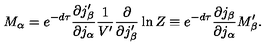
M _ { \alpha } = e ^ { - d \tau } \frac { \partial j _ { \beta } ^ { \prime } } { \partial j _ { \alpha } } \frac { 1 } { V ^ { \prime } } \frac { \partial } { \partial j _ { \beta } ^ { \prime } } \ln Z \equiv e ^ { - d \tau } \frac { \partial j _ { \beta } } { \partial j _ { \alpha } } M _ { \beta } ^ { \prime } .